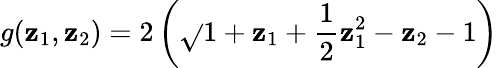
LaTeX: g(\mathbf{z}_{1},\mathbf{z}_{2})=2\left(\sqrt{}{{1+\mathbf{z}_{1}+{\frac{{1}}{{2}}}\mathbf{z}_{1}^{2}-\mathbf{z}_{2}}}-1\right)